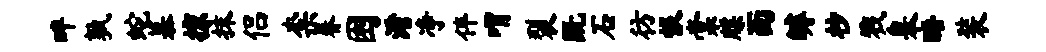
畔孰蛇慕掠抹侣柰眷困淆净伴喟裂既石彷恨棠牒面罅杪戮皋晤装